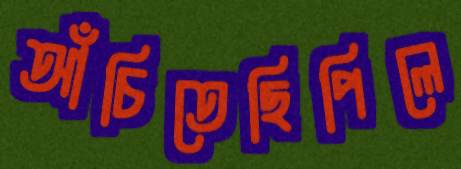
আঁচিতেছিপিলে